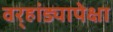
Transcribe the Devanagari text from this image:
वर्‍हांड्यापेक्षा